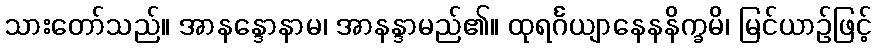
သားတော်သည်။ အာနန္ဒောနာမ၊ အာနန္ဒာမည်၏။ ထုရင်္ဂယျာနေနနိက္ခမိ၊ မြင်ယာဉ်ဖြင့်